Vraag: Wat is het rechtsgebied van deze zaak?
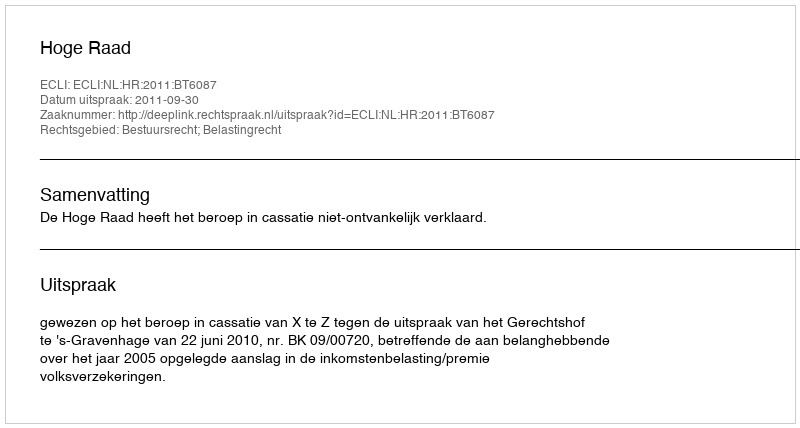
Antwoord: Bestuursrecht; Belastingrecht